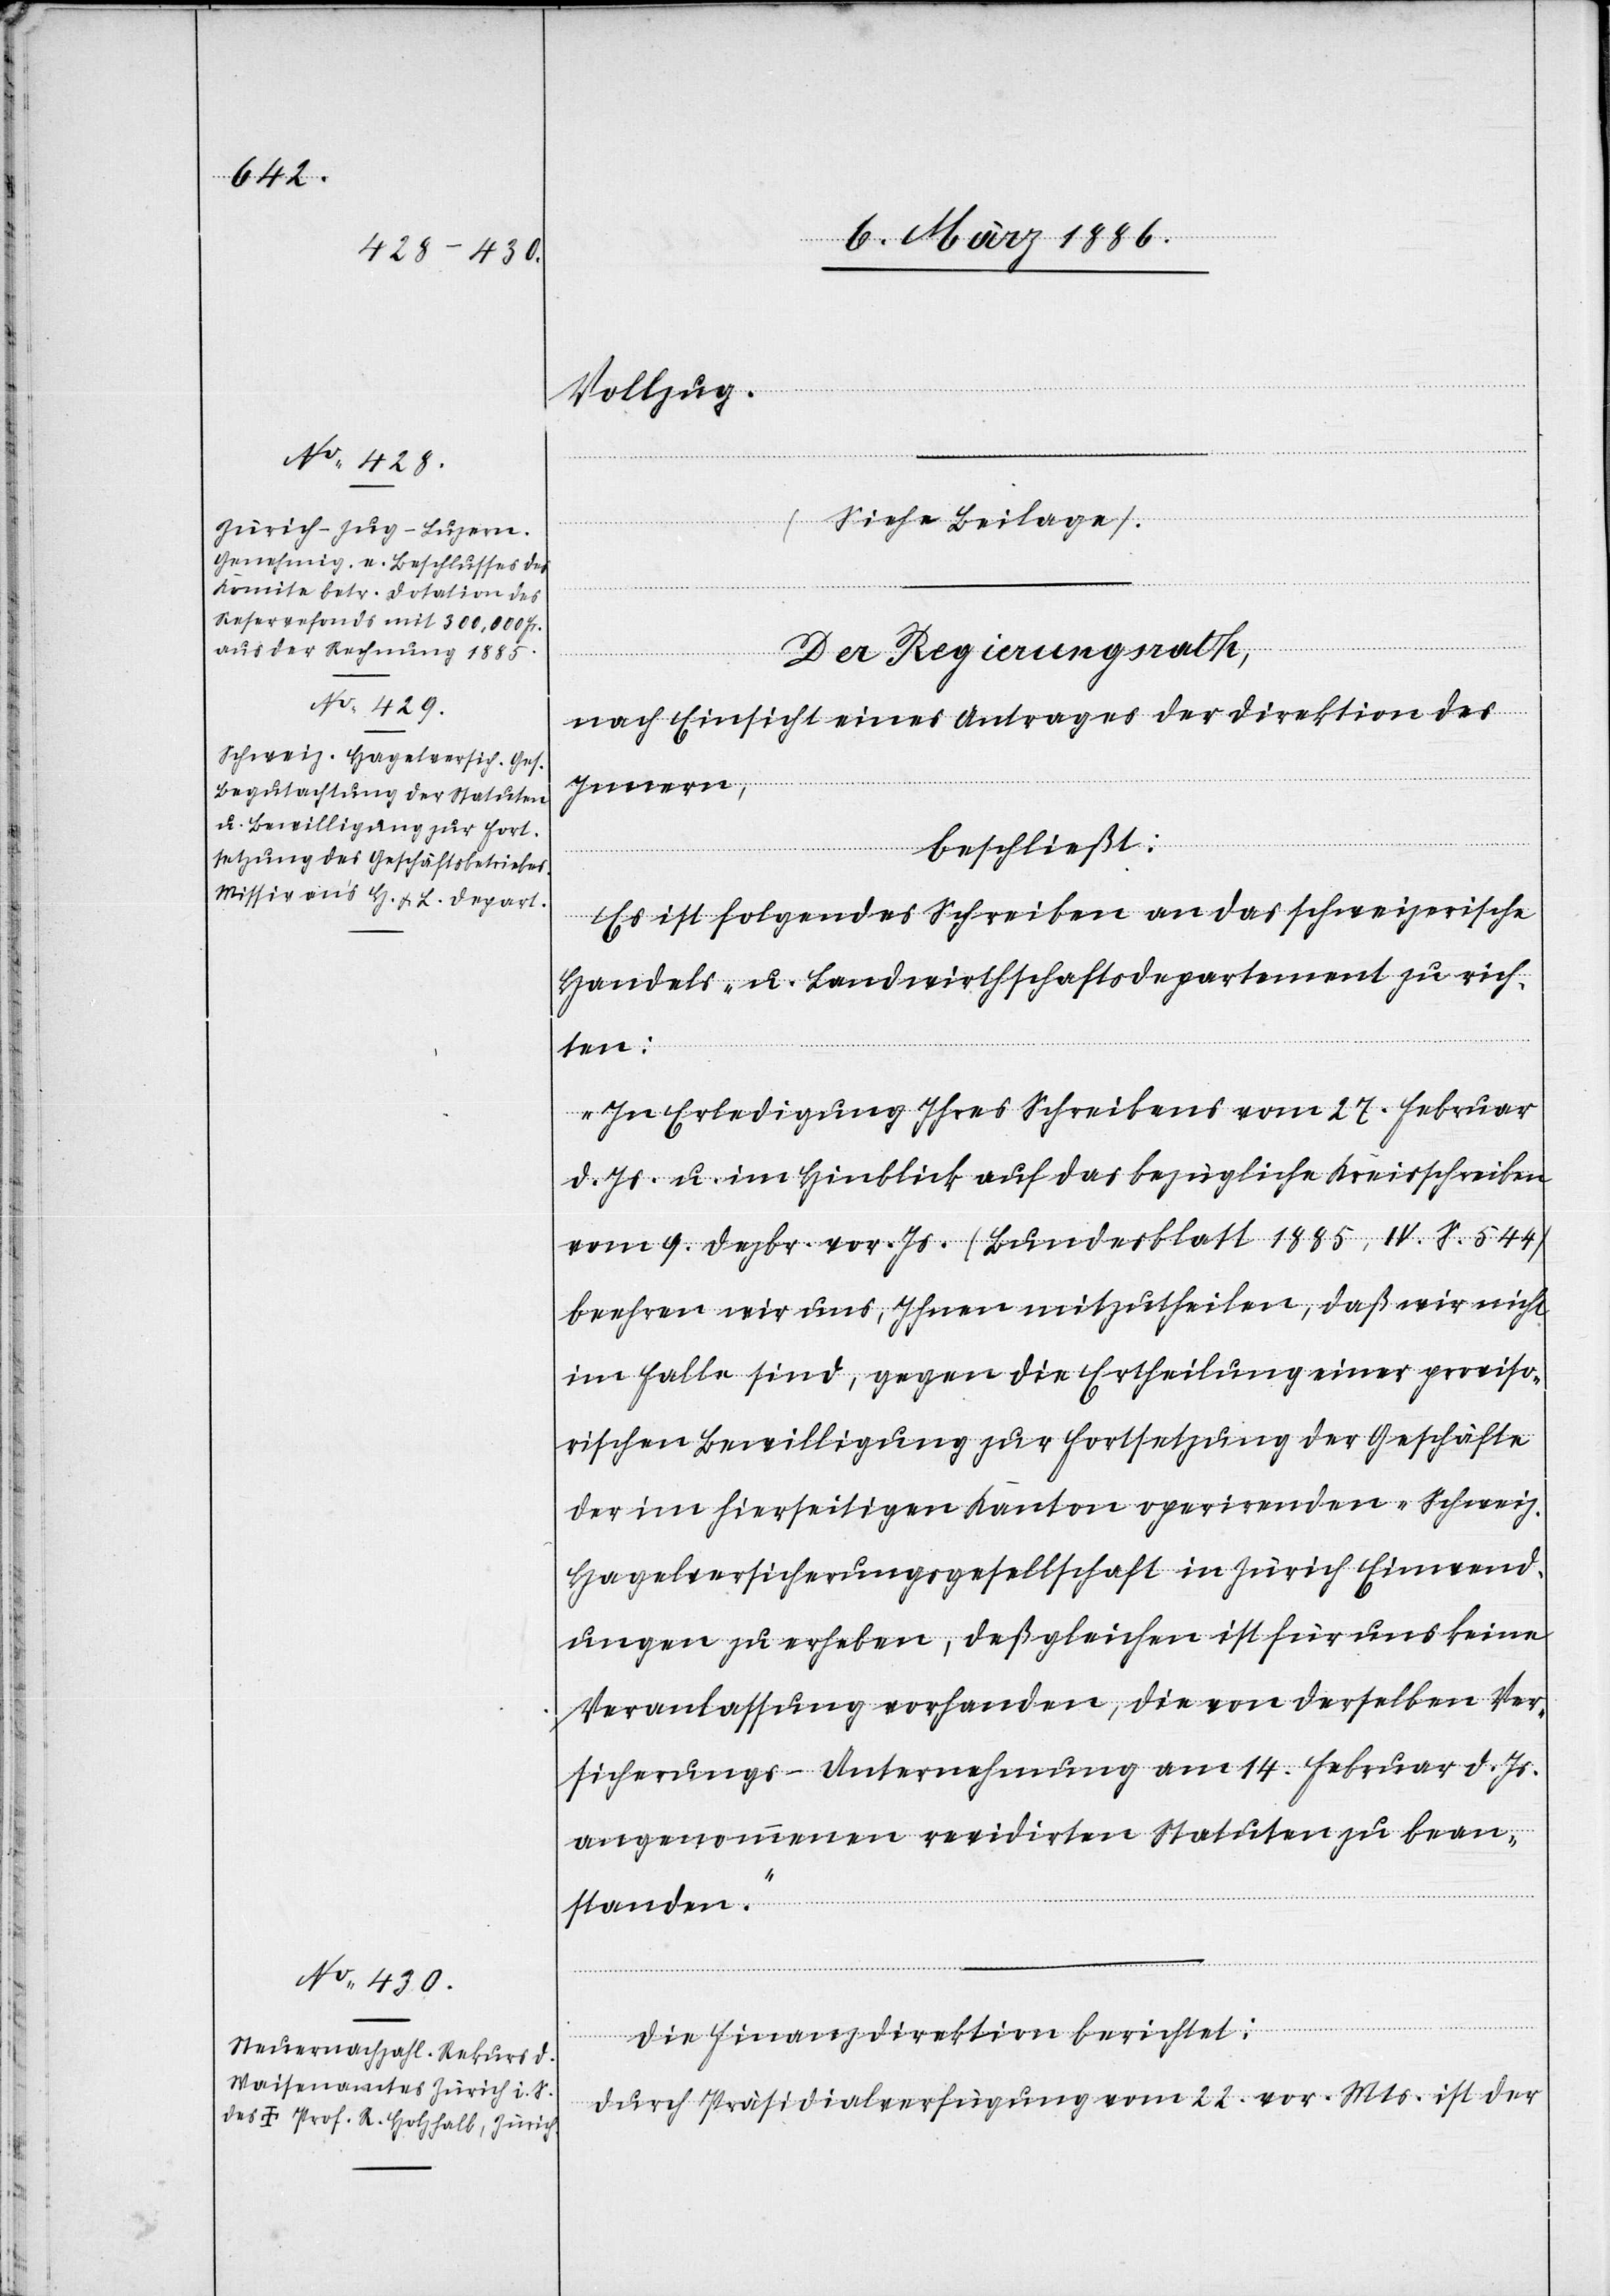
Vollzug.
Der Regierungsrath,
nach Einsicht eines Antrages der Direktion des
Innern,
beschließt:
Es ist folgendes Schreiben an das schweizerische
Handels- u. Landwirtschaftsdepartement zu rich¬
ten:
„In Erledigung Ihres Schreibens vom 27. Februar
d. Js. u. im Hinblick auf das bezügliche Kreisschreiben
vom 9. Dezbr. vor. Js. (Bundesblatt 1885, IV. S. 544)
beehren wir uns, Ihnen mitzutheilen, daß wir nicht
im Falle sind, gegen die Ertheilung einer proviso¬
rischen Bewilligung zur Fortsetzung der Geschäfte
der im hierseitigen Kanton operirenden „Schweiz.
Hagelversicherungsgesellschaft in Zürich“ Einwend¬
ungen zu erheben, deßgleichen ist für uns keine
Veranlassung vorhanden, die von derselben Ver¬
sicherungs-Unternehmung am 14. Februar d. Js.
angenommene revidirten Statuten zu bean¬
standen.“
Die Finanzdirektion berichtet:
Durch Präsidialverfügung vom 22. vor. Mts. ist der